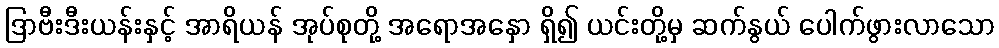
ဒြာဗီးဒီးယန်းနှင့် အာရိယန် အုပ်စုတို့ အရောအနှော ရှိ၍ ယင်းတို့မှ ဆက်နွယ် ပေါက်ဖွားလာသော